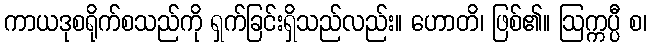
ကာယဒုစရိုက်စသည်ကို ရှက်ခြင်းရှိသည်လည်း။ ဟောတိ၊ ဖြစ်၏။ ဩက္ကပ္ပီ စ၊